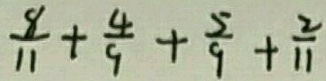
\frac { 8 } { 1 1 } + \frac { 4 } { 9 } + \frac { 5 } { 9 } + \frac { 2 } { 1 1 }